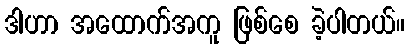
ဒါဟာ အထောက်အကူ ဖြစ်စေ ခဲ့ပါတယ်။